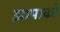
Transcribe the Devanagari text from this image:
झापाको